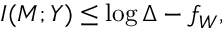
I ( M ; Y ) \leq \log \Delta - f _ { W } ,